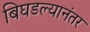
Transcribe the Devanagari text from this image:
बिघडल्यानंतर